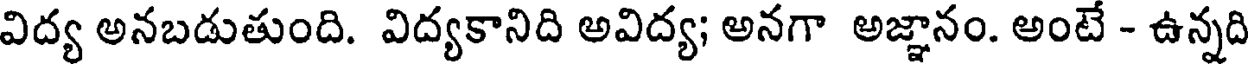
విద్య అనబడుతుంది. విద్యకానిది అవిద్య; అనగా అజ్ఞానం. అంటే - ఉన్నది